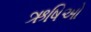
ઋષિઓ